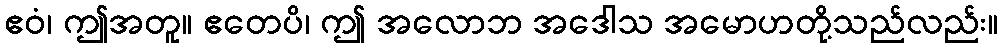
ဧဝံ၊ ဤအတူ။ ဧတေပိ၊ ဤ အလောဘ အဒေါသ အမောဟတို့သည်လည်း။